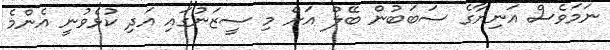
ނަމަވެސް އަނިޔާގެ ސަބަބުން ބޭލް އަށް މި ސީޒަނުގައި އަދި ކުޅެވުނީ އެންމެ